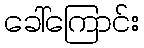
ခေါ်ကြောင်း